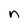
Character: n